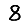
Digit: 8